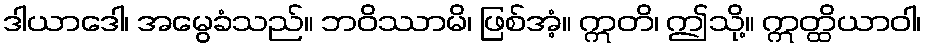
ဒါယာဒေါ၊ အမွေခံသည်။ ဘဝိဿာမိ၊ ဖြစ်အံ့။ ဣတိ၊ ဤသို့။ ဣတ္ထိယာဝါ၊